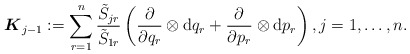
\begin{align*} \boldsymbol{K}_{j-1}:=\sum_{r=1}^n \frac{ \tilde{S}_{jr}}{ \tilde{S}_{1r}} \left( \frac{\partial}{\partial q_r}\otimes \mathrm{d} q_r+ \frac{\partial}{\partial p_r}\otimes \mathrm{d} p_r\right), j=1,\ldots,n .\end{align*}